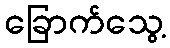
ခြောက်သွေ့